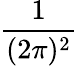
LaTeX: \frac{1}{(2\pi)^{2}}